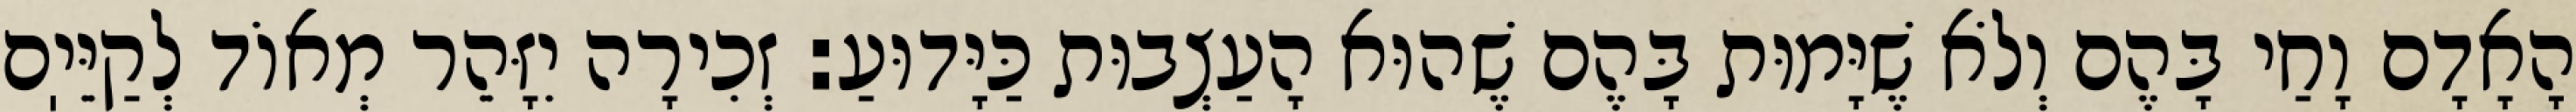
הָאָדָם וָחַי בָּהֶם וְלֹא שֶׁיָּמוּת בָּהֶם שֶׁהוּא הָעַצְבוּת כַּיָּדוּעַ: זְכִירָה יִזָּהֵר מְאוֹד לְקַיֵּיֽם